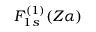
F _ { 1 s } ^ { ( 1 ) } ( Z \alpha )